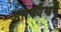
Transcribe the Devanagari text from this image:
अतर्क्यैश्वर्ये